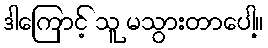
ဒါကြောင့် သူ မသွားတာပေါ့။